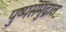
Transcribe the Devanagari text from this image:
पुष्पसमुद्रात